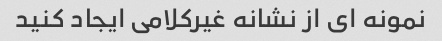
نمونه ای از نشانه غیرکلامی ایجاد کنید